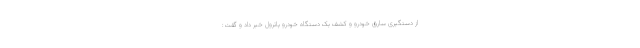
از دستگیری سارق خودرو و کشف یک دستگاه خودرو پاترول خبر داد و گفت: